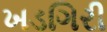
ખડગિરી